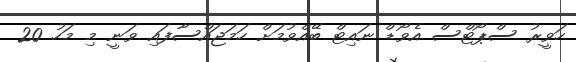
ހަވީރު ސްޕޯޓްސް އެވޯޑް ނައިޓް ބޭއްވުމަށް ހަމަޖައްސާފައި ވަނީ މި މަހު 20